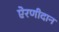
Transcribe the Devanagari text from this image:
ऐरणीदान